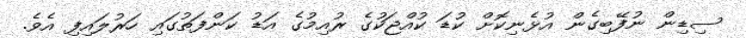
ސިޑިން ނުފޭބިގެން އުޅެނިކޮށް ކުޑަ ކުއްޖަކުގެ ރުއިމުގެ އަޑު ކަންފަތުގައި ހަރުލައިފި އެވެ.